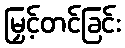
မြှင့်တင်ခြင်း